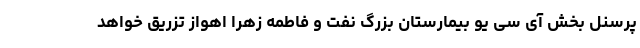
پرسنل بخش آی سی یو بیمارستان بزرگ نفت و فاطمه زهرا اهواز تزریق خواهد